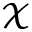
\mathcal { X }